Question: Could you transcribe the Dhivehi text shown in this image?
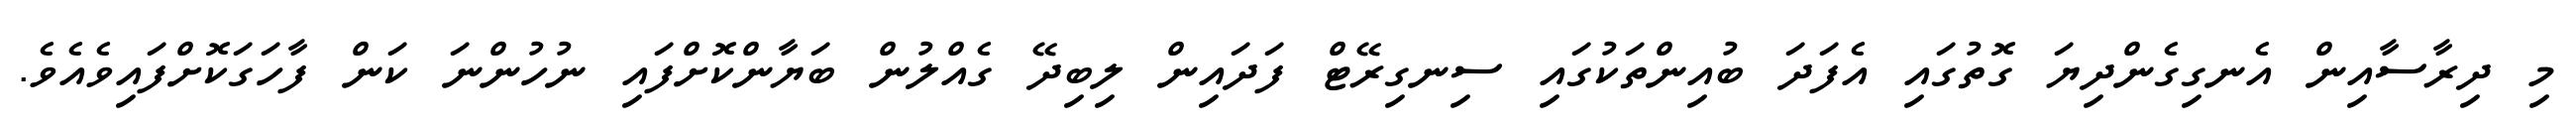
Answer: މި ދިރާސާއިން އެނގިގެންދިޔަ ގޮތުގައި އެފަދަ ބުއިންތަކުގައި ސިނގިރޭޓް ފަދައިން ލިބިދޭ ގެއްލުން ބަޔާންކޮށްފައި ނުހުންނަ ކަން ފާހަގަކޮށްފައިވެއެވެ.